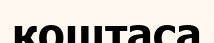
қоштаса